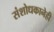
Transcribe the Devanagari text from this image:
संशोधकानेही